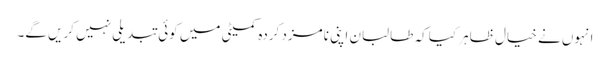
انہوں نے خیال ظاہر کیا کہ طالبان اپنی نامزد کردہ کمیٹی میں کوئی تبدیلی نہیں کریں گے۔